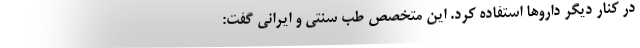
در کنار دیگر دارو‌ها استفاده کرد. این متخصص طب سنتی و ایرانی گفت: